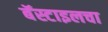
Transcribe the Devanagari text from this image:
बॅस्टाइलचा